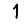
Digit: 1